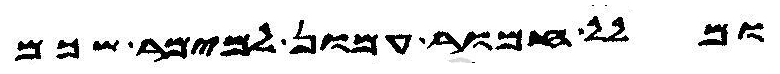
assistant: ומלל חמור עמון למימר שכם